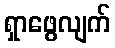
ရှာဖွေလျက်